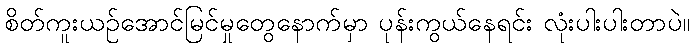
စိတ်ကူးယဉ်အောင်မြင်မှုတွေနောက်မှာ ပုန်းကွယ်နေရင်း လုံးပါးပါးတာပဲ။